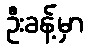
ဦးခန့်မှာ